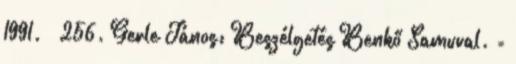
1991. – 256. Gerle János: Beszélgetés Benkő Samuval. =